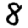
Digit: 8